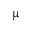
\upmu